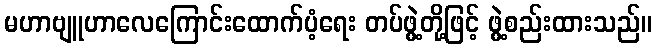
မဟာဗျူဟာလေကြောင်းထောက်ပံ့ရေး တပ်ဖွဲ့တို့ဖြင့် ဖွဲ့စည်းထားသည်။